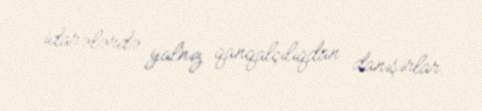
idarələrdə yalnız qanqalçılıqdan danışırlar.